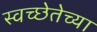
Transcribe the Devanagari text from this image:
स्वच्छेतेच्या